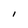
Character: I